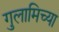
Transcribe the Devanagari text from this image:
गुलामिच्या